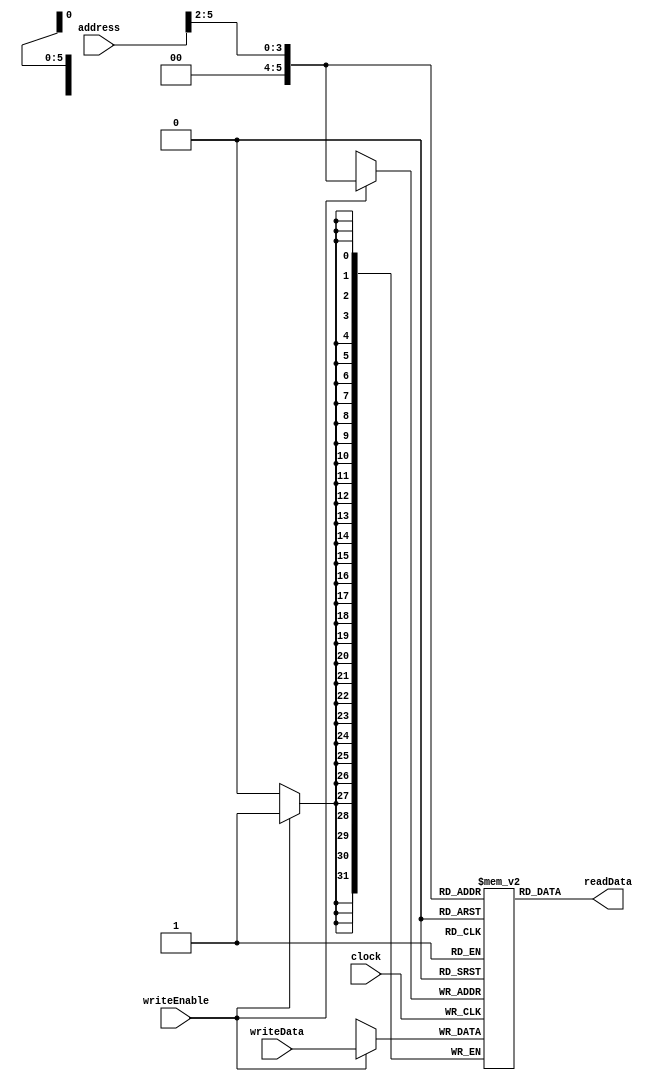
module dataMemory(clock, writeEnable, address, writeData, readData);
   input clock, writeEnable;
   input[5:0] address;
   input[31:0] writeData;
   output[31:0] readData;
   reg [31:0] RAM2[0:63];
   assign readData = RAM2[address[5:2]];
   always @(posedge clock)
   if (writeEnable) RAM2[address[5:2]] <= writeData;
endmodule